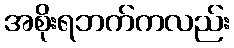
အစိုးရဘက်ကလည်း